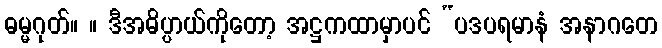
ဓမ္မဂုတ်။ ။ ဒီအဓိပ္ပာယ်ကိုတော့ အဋ္ဌကထာမှာပင် “ပဒပရမာနံ အနာဂတေ